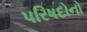
પરિષદોનો